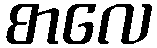
စာလေ